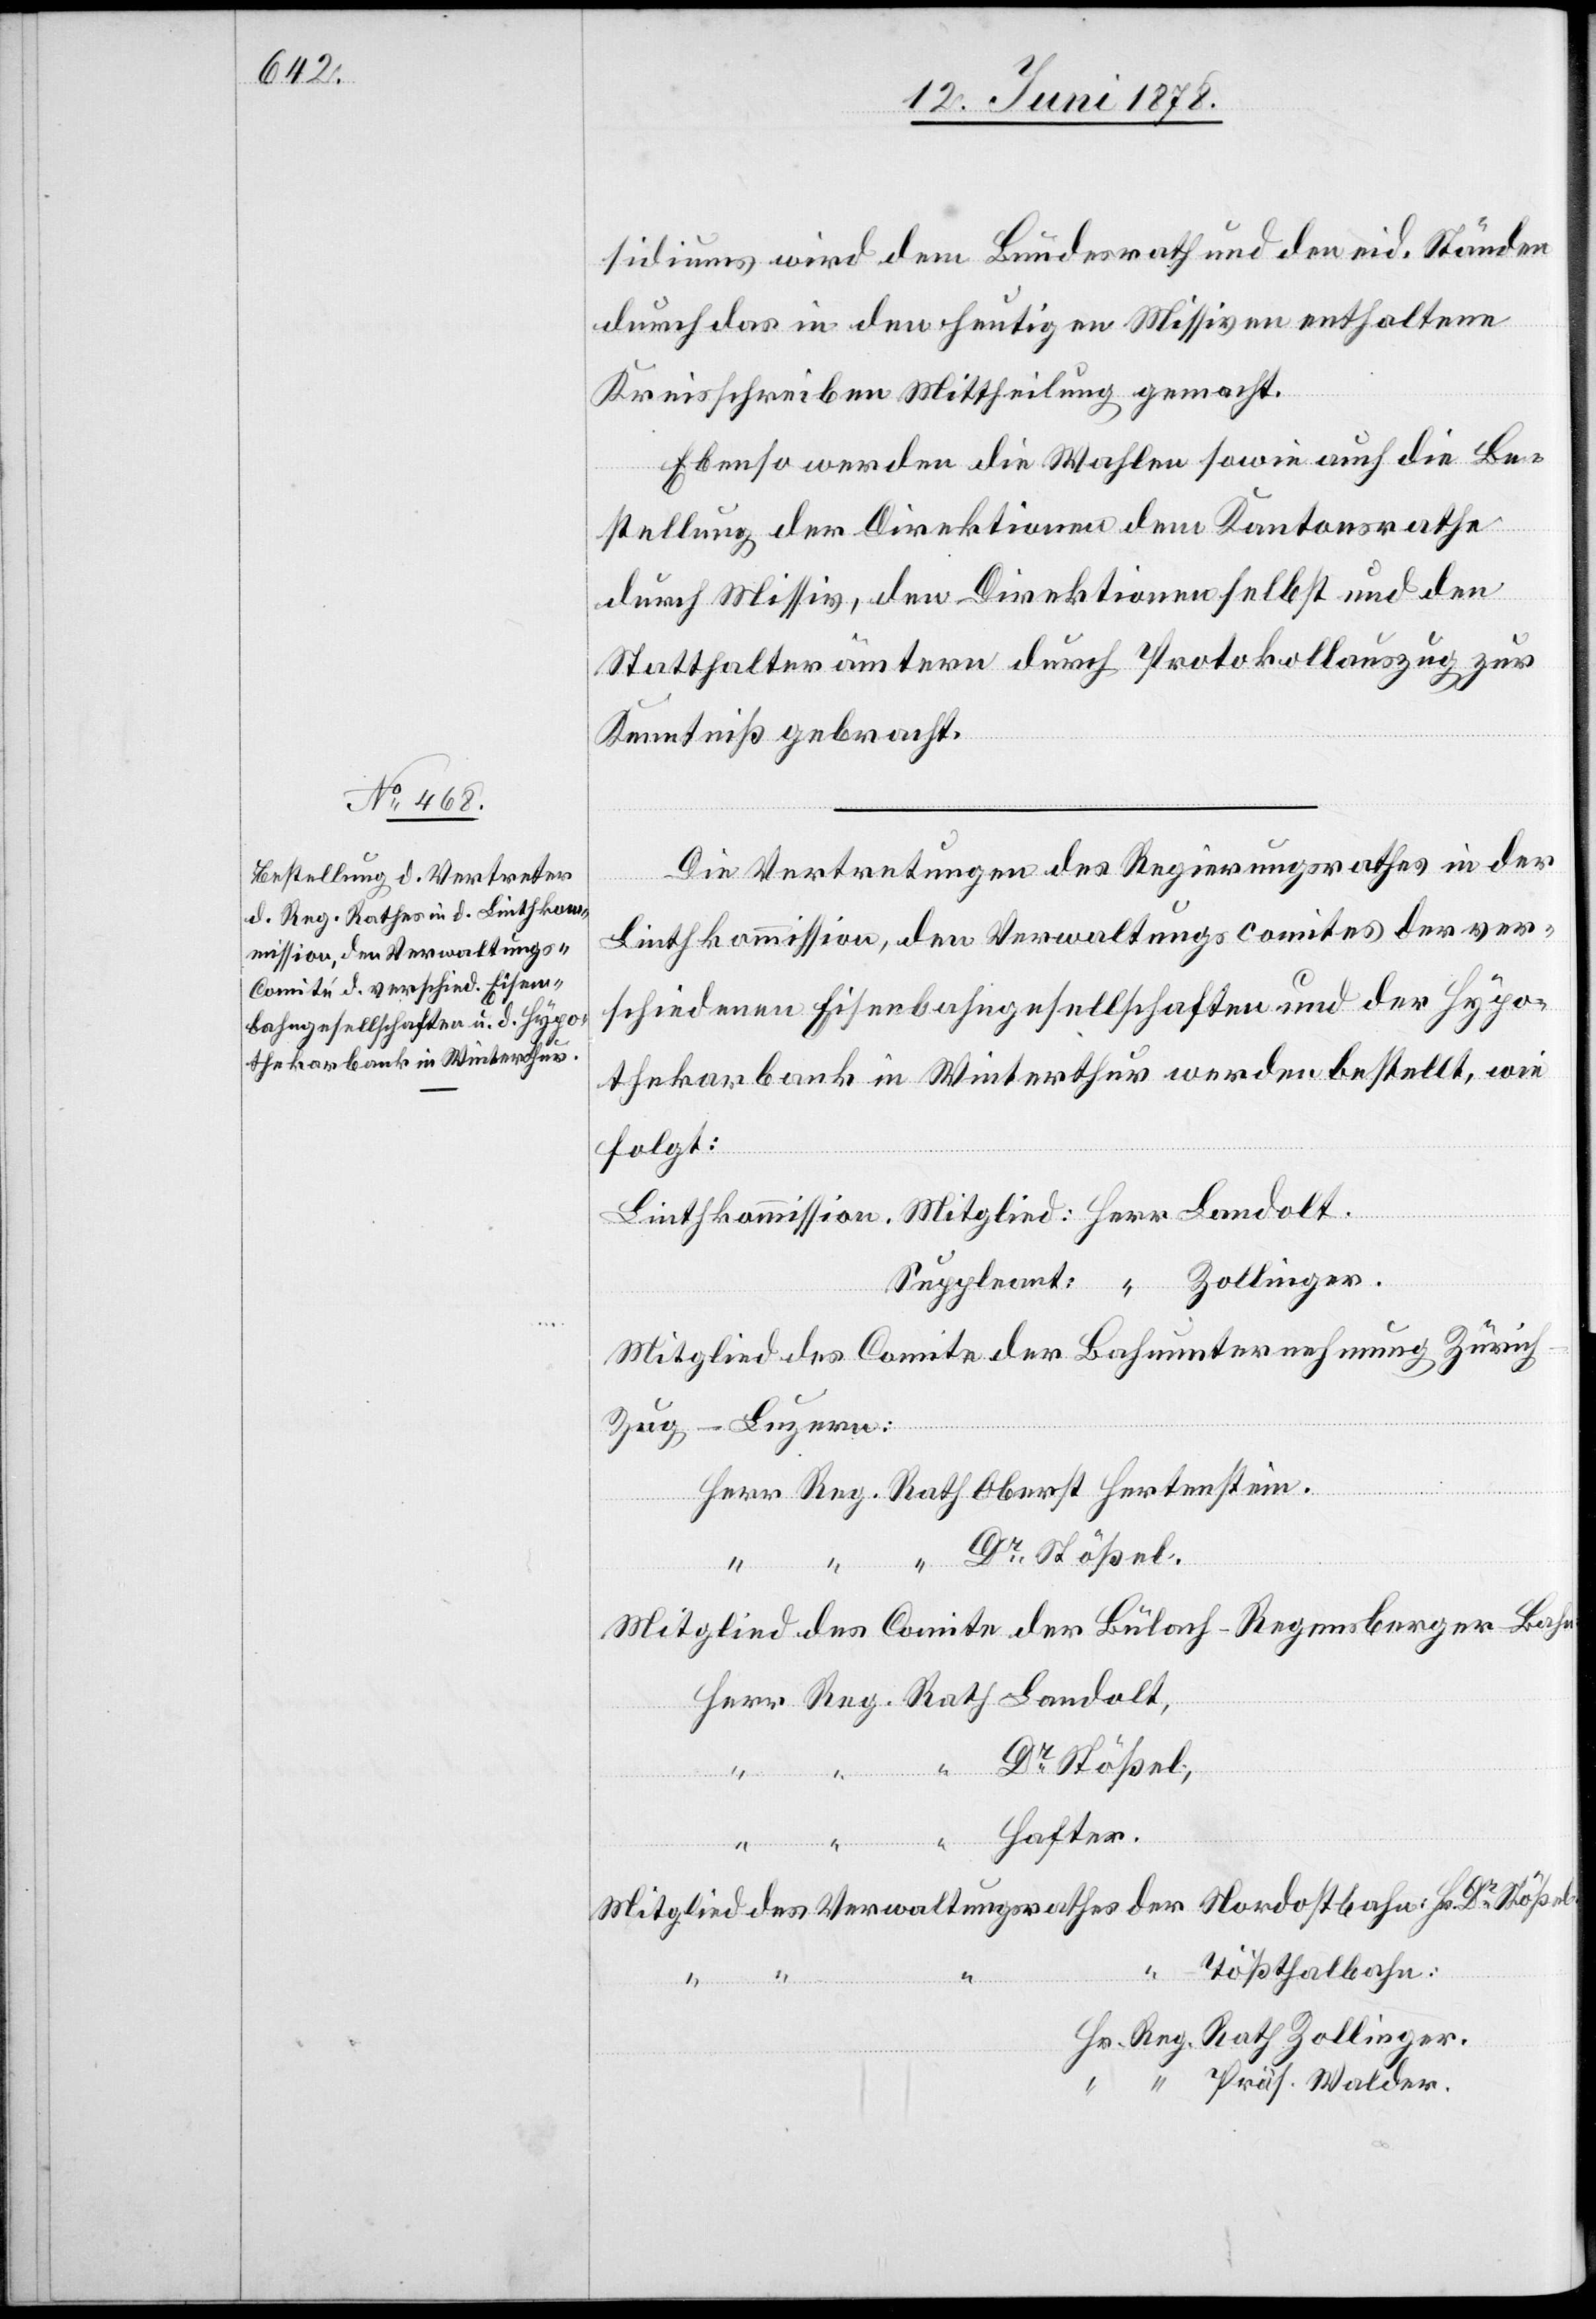
sidiums wird dem Bundesrath und den eid. Ständen
durch das in den heutigen Missiven enthaltene
Kreisschreiben Mittheilung gemacht.
Ebenso werden die Wahlen sowie auch die Be¬
stellung der Direktionen dem Kantonsrathe
durch Missiv, den Direktionen selbst und den
Statthalterämtern durch Protokollauszug zur
Kenntniß gebracht.
Die Vertretungen des Regierungsrathes in der
Linthkommission, den Verwaltungscomites der ver¬
schiedenen Eisenbahngesellschaften und der Hypo¬
thekarbank in Winterthur werden bestellt, wie
folgt:
Linthkommission. Mitglied: Herr Landolt.
Suppleant: “ Zollinger.
Mitglied des Comite der Bahnunternehmung Züric¬
h–Zug–Luzern:
Herr Reg. Rath Oberst Hertenstein.
Mitglied des Comite der Bülach–Regensberger-Bahn
Herr Reg. Rath Landolt,
Dr Stößel.
Hafter.
Mitglied des Verwaltungsrathes der Nordostbahn: Hr. Dr Stöß¬
Tößthalbahn:
el.
Hr. Reg. Rath Zollinger.
“ Präs. Walder.